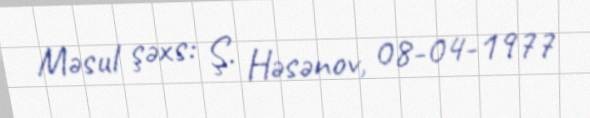
Məsul şəxs: Ş. Həsənov, 08-04-1977